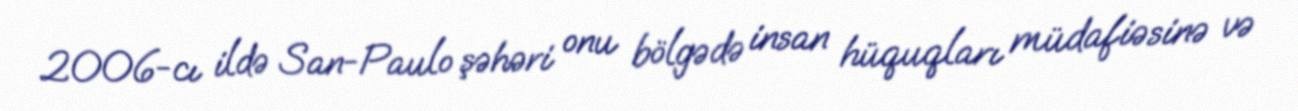
2006-cı ildə San-Paulo şəhəri onu bölgədə insan hüquqları müdafiəsinə və